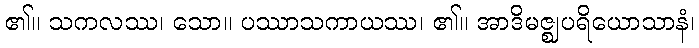
၏။ သကလဿ၊ သော။ ပဿာသကာယဿ၊ ၏။ အာဒိမဇ္ဈပရိယောသာနံ၊